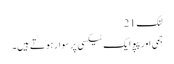
لنک 21
جمی اور پپو ایک ٹیکسی پر سوار ہوتے ہیں۔